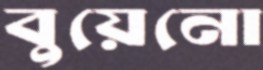
বুয়েনো